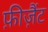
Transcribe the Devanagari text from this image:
फ़ीज़ैंट